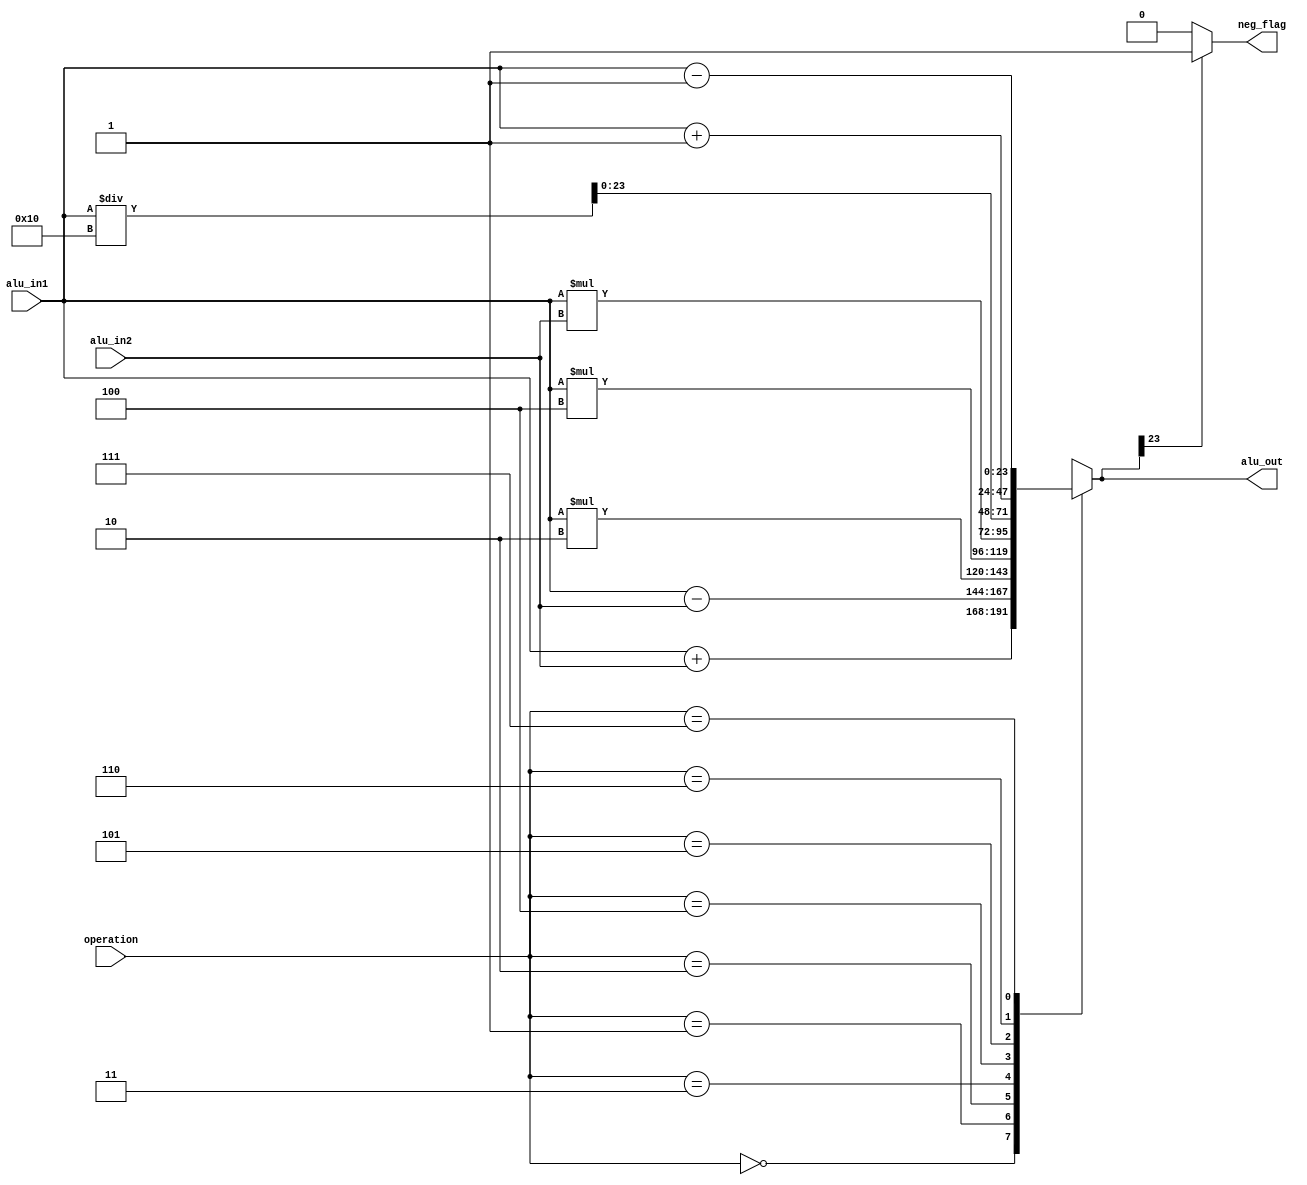
//Arithmetic and Logic Unit

module ALU ( input [2:0] operation,
             input [23:0] alu_in1, // AC
             input [23:0] alu_in2, // General Purpose Register 
             output [23:0] alu_out,
             output neg_flag
);

    reg [23:0] result;

    always @(*) begin
        case (operation)
            3'b000: result = alu_in1 + alu_in2;
            3'b001: result = alu_in1 - alu_in2;
            3'b010: result = alu_in1 * 2;
            3'b011: result = alu_in1 * 4;
            3'b100: result = alu_in1 * alu_in2;
            3'b101: result = alu_in1 / 16;
            3'b110: result = alu_in1 + 1;
            3'b111: result = alu_in1 - 1;
            default : result = 24'dz;
        endcase
        
    end

    assign neg_flag = (result[23] == 1'b1) ? 1'b1: 1'b0;
    assign alu_out = result;

endmodule //ALU